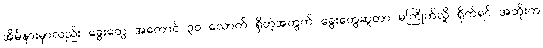
အိမ်နားမှာလည်း ခွေးတွေ အကောင် ၃၀ လောက် ရှိတဲ့အတွက် ခွေးတွေဆူတာ မကြိုက်လို့ ရိုက်ရင် အဘိုးက